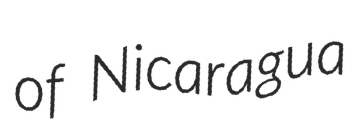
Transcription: of Nicaragua